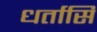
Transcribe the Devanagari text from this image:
धर्तासि